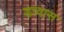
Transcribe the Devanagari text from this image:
डावास